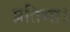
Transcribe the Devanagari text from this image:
प्रतिभा।